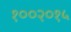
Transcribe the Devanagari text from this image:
१००२०१५